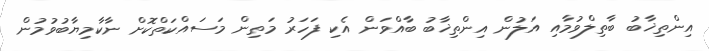
އިންތިޚާބު ބާތިލްވުމާއި އަލުން އިންތިޚާބު ބާއްވަން އެކި ފަހަރު މަތިން މަސައްކަތްކޮށް ނާކާމިޔާބުވުމުން